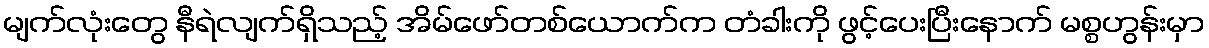
မျက်လုံးတွေ နီရဲလျက်ရှိသည့် အိမ်ဖော်တစ်ယောက်က တံခါးကို ဖွင့်ပေးပြီးနောက် မစ္စဟွန်းမှာ